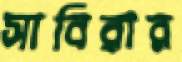
সাবিরার